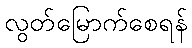
လွတ်မြောက်စေရန်